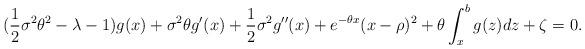
LaTeX: \begin{align*}({1\over 2}\sigma^2\theta^2-\lambda-1)g(x) + \sigma^2\theta g'(x) + {1\over 2}\sigma^2g''(x)+ e^{-\theta x}(x-\rho)^2+\theta\int_x^b g(z)dz + \zeta =0.\end{align*}